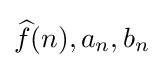
{\textstyle {\widehat {f}}(n),a_{n},b_{n}}